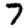
Digit: 7